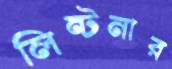
লিন্টনার